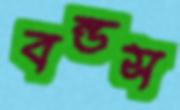
বন্ডস